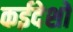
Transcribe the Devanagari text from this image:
कईदेशों